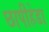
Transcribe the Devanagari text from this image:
छापीहेडा